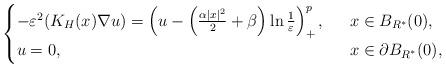
LaTeX: \begin{align*}\begin{cases}-\varepsilon^2(K_H(x)\nabla u)= \left(u-\left( \frac{\alpha|x|^2}{2}+\beta\right)\ln\frac{1}{\varepsilon}\right)^{p}_+,\ \ &x\in B_{R^*}(0),\\u=0,\ \ &x\in\partial B_{R^*}(0),\end{cases}\end{align*}